Rangoon Lunatic Asylum 1878-1892 - 1878-1892
Year: 1878
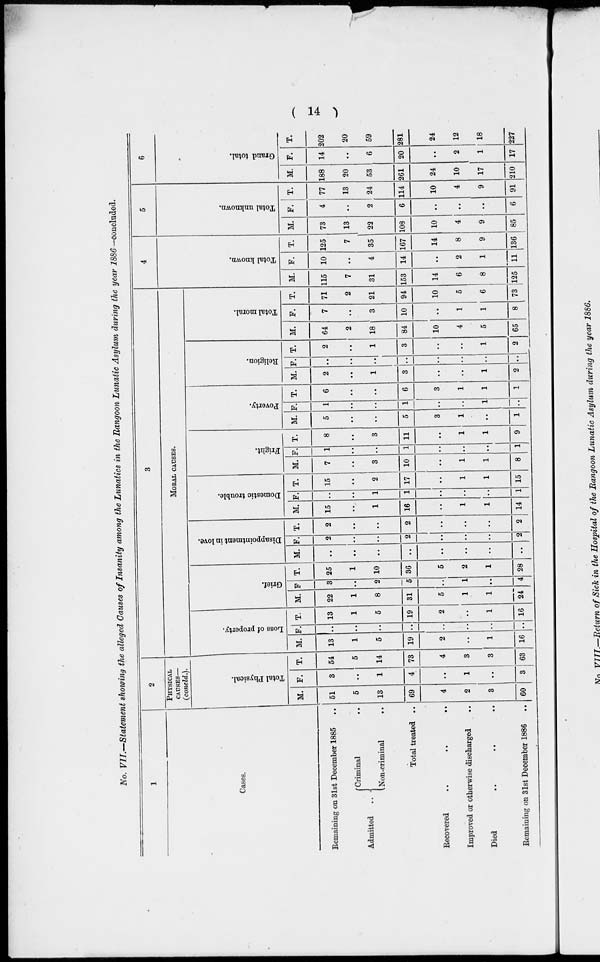
( 14 )
No. VII.—Statement showing the alleged Causes of Insanity among the Lunatics in the Rangoon Lunatic Asylum during the year 1886 —concluded.
1
Cases.
Remaining on 31st December 1885 ..
Admitted
..
Criminal ..
Non-criminal
..
Total treated ..
Recovered
..
..
..
Improved or otherwise discharged ..
Died
..
..
..
Remaining on 31st December 1886 ..
2
PHYSICAL
CAUSES—
(concld.).
Total Physical.
M.
51
5
13
69
4
2
3
60
F.
3
..
1
4
..
1
..
3
T.
54
5
14
73
4
3
3
63
3
MORAL CAUSES.
Loss of property.
M.
13
1
5
19
2
..
1
16
F.
..
..
..
..
..
..
..
..
T.
13
1
5
19
2
..
1
16
Grief.
M.
22
1
8
31
5
1
1
24
F
3
..
2
5
..
1
..
4
T.
25
1
10
36
5
2
1
28
Disappointment in love.
M.
..
..
..
..
..
..
..
..
F.
2
..
..
2
..
..
..
2
T.
2
..
..
2
..
..
..
2
Domestic trouble.
M.
15
..
1
16
..
1
1
14
F.
..
..
1
1
..
..
..
1
T.
15
..
2
17
..
1
1
15
Fright.
M.
7
..
3
10
..
1
1
8
F.
1
..
..
1
..
..
..
1
T.
8
..
3
11
..
1
1
9
Poverty.
M.
5
..
..
5
3
1
..
1
F.
1
..
..
1
..
..
1
..
T.
6
..
..
6
3
1
1
1
Religion.
M.
2
..
1
3
..
..
1
2
F.
..
..
..
..
..
..
..
..
T.
2
..
1
3
..
..
1
2
Total moral.
M.
64
2
18
84
10
4
5
65
F.
7
..
3
10
..
1
1
8
T.
71
2
21
94
10
5
6
73
4
Total known.
M.
115
7
31
153
14
6
8
125
F.
10
..
4
14
..
2
1
11
T.
125
7
35
167
14
8
9
136
5
Total unknown.
M.
73
13
22
108
10
4
9
85
F.
4
..
2
6
..
..
..
6
T.
77
13
24
114
10
4
9
91
6
Grand total.
M.
188
20
53
261
24
10
17
210
F.
14
..
6
20
..
2
1
17
T.
202
20
59
281
24
12
18
227